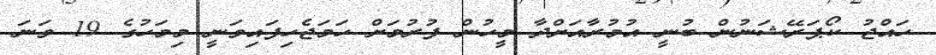
ހައްޖު ކޯޕަރޭޝަނުން ބުނީ އުމުރާއަށްދާ މީހުން ފުރުމަށް ހަމަޖެހިފައިވަނީ މިމަހުގެ 19 ވަނަ